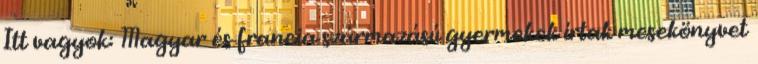
Itt vagyok: Magyar és francia származású gyermekek írtak mesekönyvet